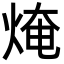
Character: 㷈